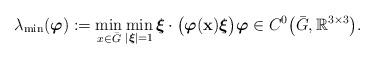
LaTeX: \begin{align*} \lambda_{\min}(\boldsymbol{\varphi }) := \min_{x \in \bar{G}} \min_{|\boldsymbol{\xi}| = 1} \boldsymbol{\xi} \cdot \big(\boldsymbol{\varphi}(\mathbf{x}) \boldsymbol{\xi}\big) \boldsymbol{\varphi } \in C^{0}\big(\bar{G}, \mathbb{R}^{3 \times 3}\big). \end{align*}